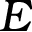
E